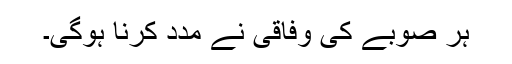
ہر صوبے کی وفاقی نے مدد کرنا ہوگی۔